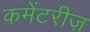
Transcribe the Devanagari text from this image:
कमेंटरीज़